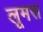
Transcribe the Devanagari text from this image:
लूमस